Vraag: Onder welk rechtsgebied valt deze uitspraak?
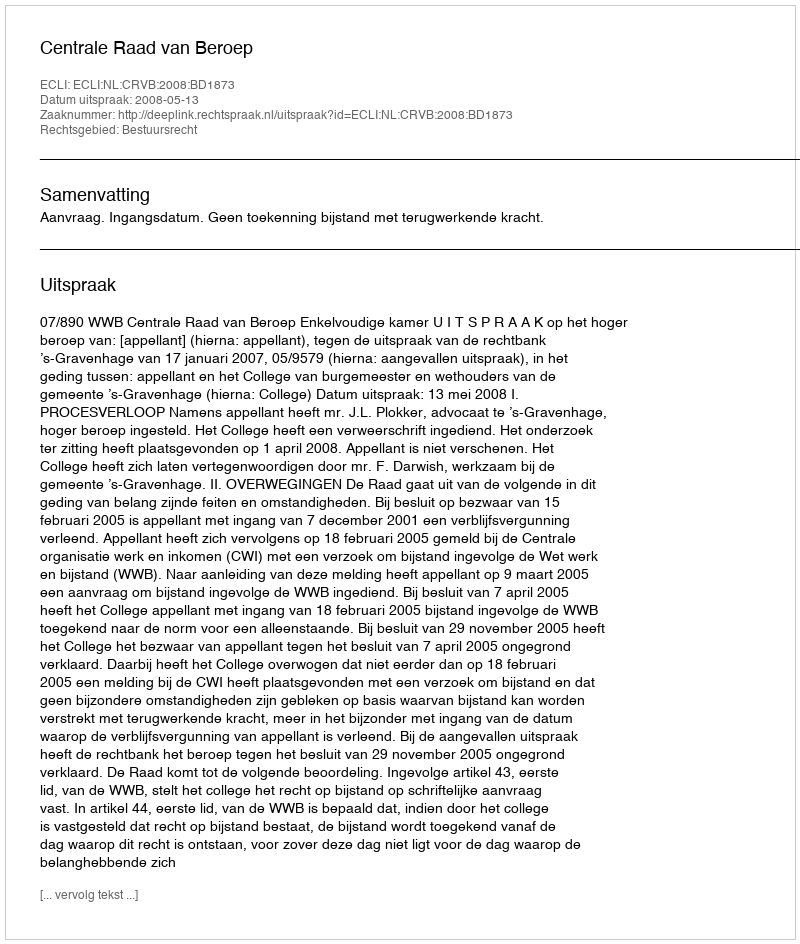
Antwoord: Bestuursrecht